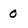
Character: 0